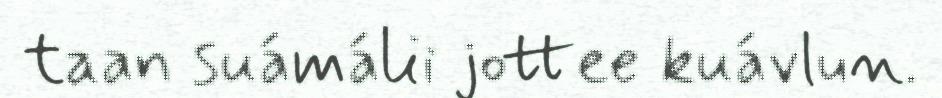
taan suámálii jottee kuávlun.